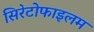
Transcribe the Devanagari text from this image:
सिरेटोफाइलम